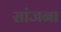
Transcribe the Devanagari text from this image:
सांजना